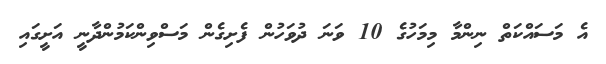
އެ މަސައްކަތް ނިންމާ މިމަހުގެ 10 ވަނަ ދުވަހުން ފެށިގެން މަސްވިންކަމުންދާނީ އަށީގައި